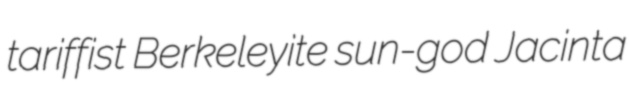
tariffist Berkeleyite sun-god Jacinta